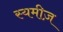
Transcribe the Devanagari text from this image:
स्यमीज़